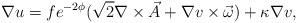
LaTeX: \begin{align*}\nabla u=fe^{-2\phi}(\sqrt{2}\nabla \times \vec A+\nabla v \times \vec \omega)+\kappa \nabla v,\end{align*}